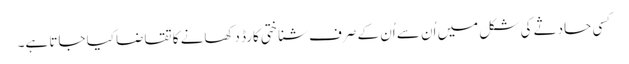
کسی حادثے کی شکل میں اُن سے اُن کے صرف شناختی کارڈ دکھانے کا تقاضا کیا جاتا ہے۔